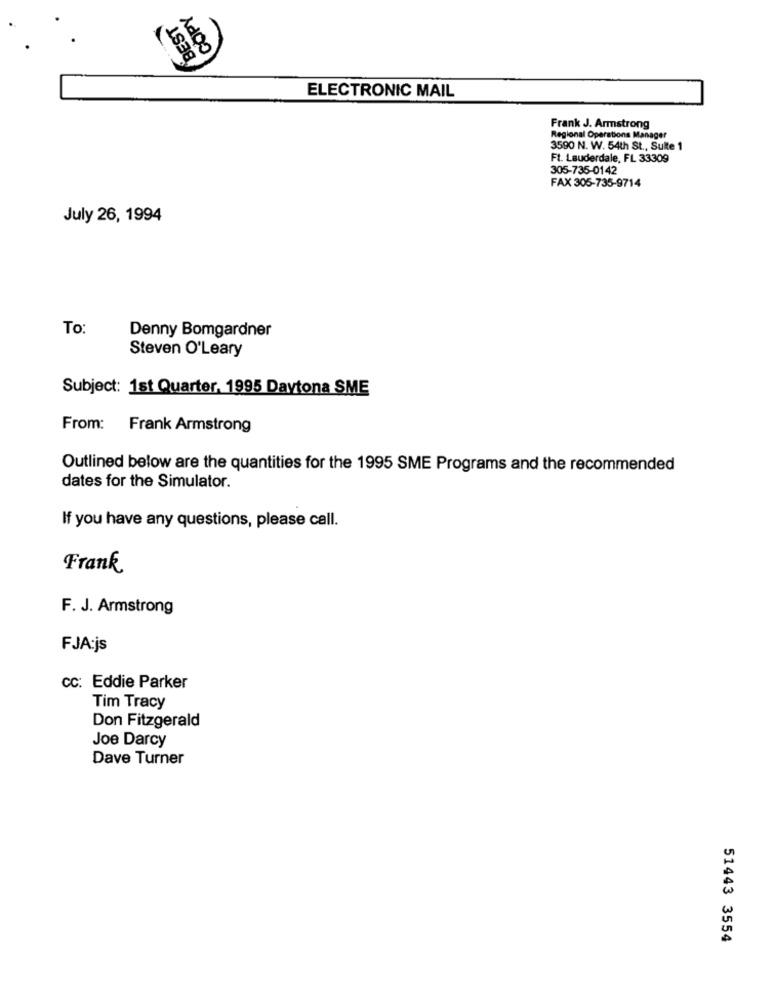
COPY
EST
BEST
ELECTRONIC MAIL
Frank J. Armstrong
Regional Operations Manager
3590 N. W. 54th St ., Suite 1
Ft. Lauderdale, FL 33309
305-735-0142
FAX 305-735-9714
July 26, 1994
To:
Denny Bomgardner
Steven O'Leary
Subject: 1st Quarter. 1995 Daytona SME
From: Frank Armstrong
Outlined below are the quantities for the 1995 SME Programs and the recommended
dates for the Simulator.
If you have any questions, please call.
Frank
F. J. Armstrong
FJA:js
CC: Eddie Parker
Tim Tracy
Don Fitzgerald
Joe Darcy
Dave Turner
51443 3554